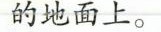
的地面上。